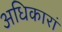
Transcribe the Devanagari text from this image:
अधिकारां